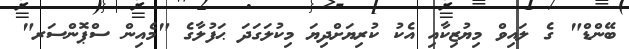
ބޭންޑް" ގެ ލައިވް މިޔުޒިކާއި އެކު ކުރިޔަށްދިޔަ މިކުލަގަދަ ޙަފުލާގެ "މެއިން ސްޕޮންސަރ"